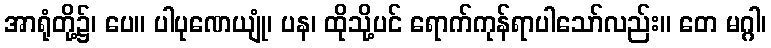
အာရုံတို့၌၊ ပေ။ ပါပုဏေယျုံ၊ ပန၊ ထိုသို့ပင် ရောက်ကုန်ရာပါသော်လည်း။ တေ မဂ္ဂါ၊